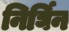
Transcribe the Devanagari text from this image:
निर्घिन